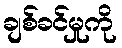
ချစ်ခင်မှုကို